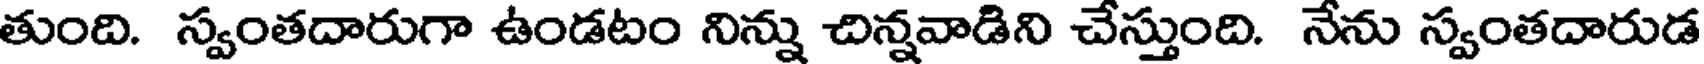
తుంది. స్వంతదారుగా ఉండటం నిన్ను చిన్నవాడిని చేస్తుంది. నేను స్వంతదారుడ